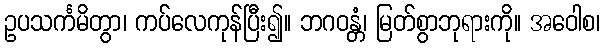
ဥပသင်္ကမိတွာ၊ ကပ်လေကုန်ပြီး၍။ ဘဂဝန္တံ၊ မြတ်စွာဘုရားကို။ အဝေါစ၊